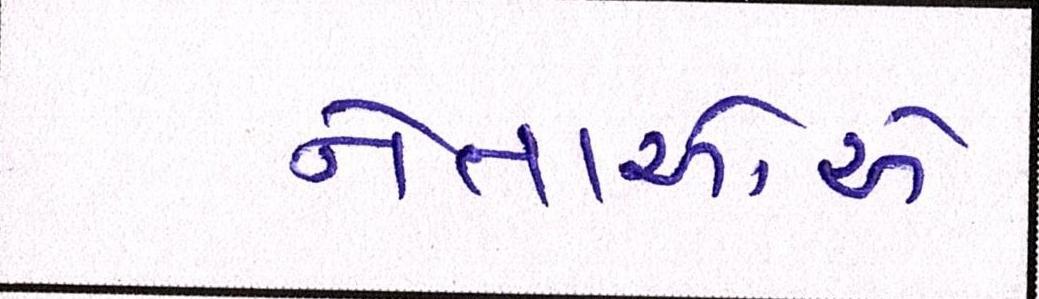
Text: નેતાઓએ